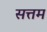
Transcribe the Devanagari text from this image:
सत्तम